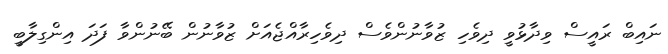
ނައިބް ރައީސް ވިދާޅުވީ ދިވެހި ޒުވާނުންވެސް ދިވެހިރާއްޖެއަށް ޒުވާނުން ބޭނުންވާ ފަދަ އިންގިލާބީ